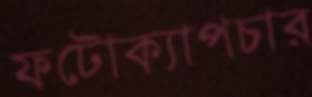
ফটোক্যাপচার